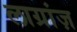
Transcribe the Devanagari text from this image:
लाग्रांज़